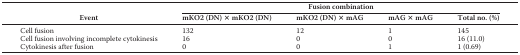
| <ROWSPAN=2> Event | <COLSPAN=4> Fusion combination |
 | mKO2 (DN) × mKO2 (DN) | mKO2 (DN) × mAG | mAG × mAG | Total no. (%) |
 | --- | --- | --- | --- | --- |
 | Cell fusion | 132 | 12 | 1 | 145 |
 | Cell fusion involving incomplete cytokinesis | 16 | 0 | 0 | 16 (11.0) |
 | Cytokinesis after fusion | 0 | 0 | 1 | 1 (0.69) |